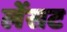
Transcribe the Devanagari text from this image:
लेंसट